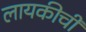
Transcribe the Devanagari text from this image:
लायकीची